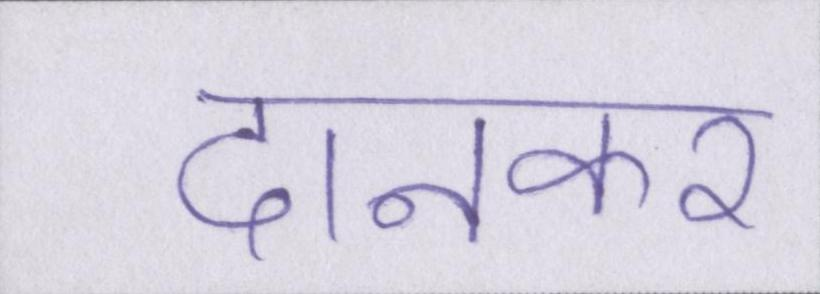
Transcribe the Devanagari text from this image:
दानकर